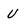
Character: u